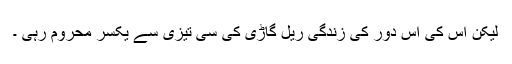
لیکن اس کی اس دور کی زندگی ریل گاڑی کی سی تیزی سے یکسر محروم رہی ۔